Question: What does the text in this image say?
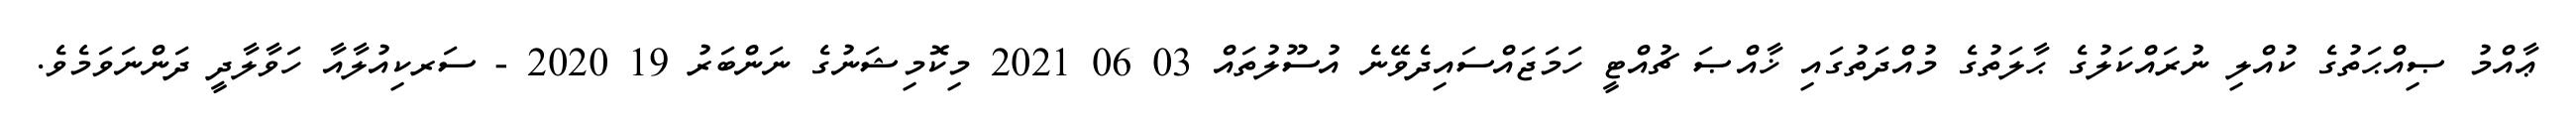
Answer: ޢާއްމު ޞިއްޙަތުގެ ކުއްލި ނުރައްކަލުގެ ޙާލަތުގެ މުއްދަތުގައި ޚާއްޞަ ޗުއްޓީ ހަމަޖައްސައިދެވޭނެ އުސޫލުތައް 03 06 2021 މިކޮމިޝަނުގެ ނަންބަރު 19 2020 - ސަރކިއުލާއާ ހަވާލާދީ ދަންނަވަމެވެ.